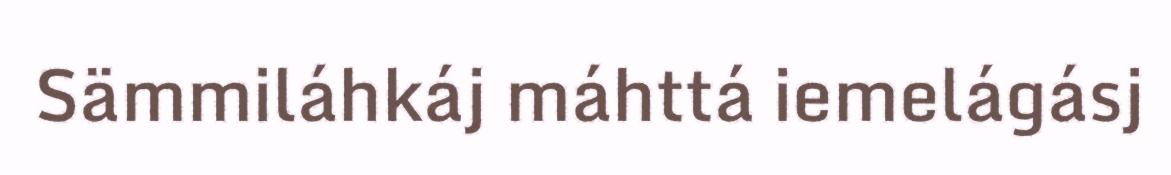
Sämmiláhkáj máhttá iemelágásj